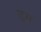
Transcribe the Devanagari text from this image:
ढ्म